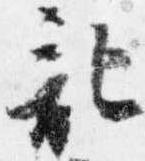
記